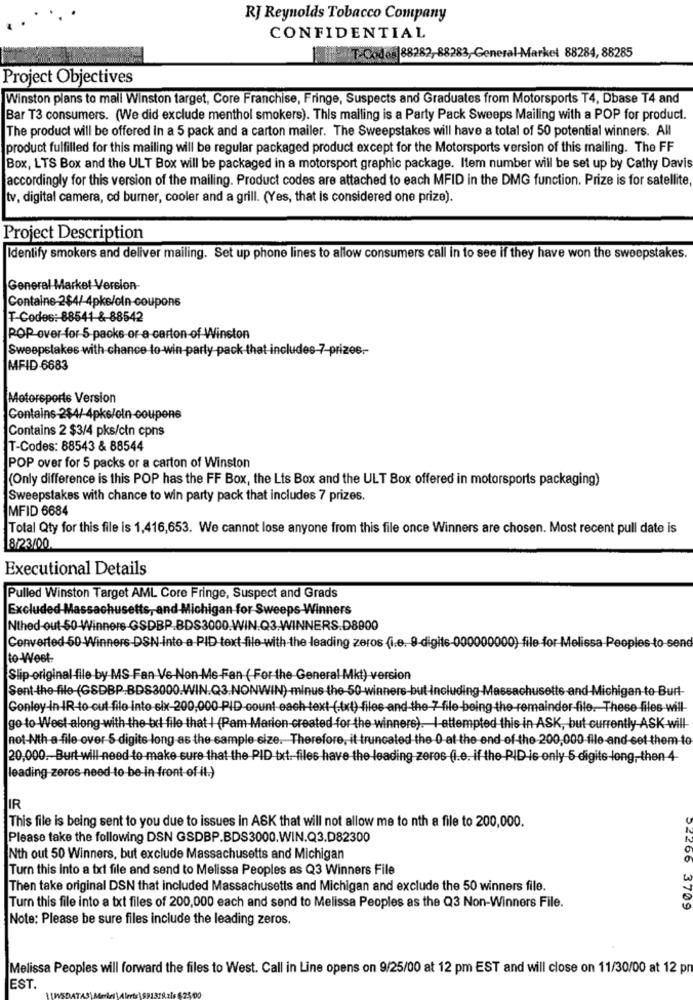
RJ Reynolds Tobacco Company
CONFIDENTIAL
i .T. Codes 88282, 88283, General-Market 88284, 88285
Project Objectives
Winston plans to mall Winston target, Core Franchise, Fringe, Suspects and Graduates from Motorsports T4, Dbase T4 and
Bar T3 consumers. (We did exclude menthol smokers). This malling is a Party Pack Sweeps Mailing with a POP for product.
The product will be offered In a 5 pack and a carton mailer. The Sweepstakes will have a total of 50 potential winners. All
product fulfilled for this mailing will be regular packaged product except for the Motorsports version of this mailing. The FF
Box, LTS Box and the ULT Box will be packaged in a motorsport graphic package. Item number will be set up by Cathy Davis
accordingly for this version of the mailing. Product codes are attached to each MFID in the DMG function. Prize is for satellite
tv, digital camera, cd burner, cooler and a grill. (Yes, that is considered one prize).
Project Description
Identify smokers and deliver mailing. Set up phone lines to allow consumers call in to see if they have won the sweepstakes.
General Market Version-
T-Codes :- 88541 &-88542
POP over for 5 packs or a carton-of Winston
Sweepstakes with chance to win-party pack that includes 7-prizes .-
MFID-6683
Motorsports Version
Contains 2$4/ 4pks/oln-coupons
Contains 2 $3/4 pks/ctn cpns
T-Codes: 88543 & 88544
POP over for 5 packs or a carton of Winston
(Only difference is this POP has the FF Box, the Lts Box and the ULT Box offered in motorsports packaging)
Sweepstakes with chance to win party pack that includes 7 prizes.
MFID 6684
Total Qty for this file is 1,416,653. We cannot lose anyone from this file once Winners are chosen. Most recent pull date is
8/23/00
Executional Details
Pulled Winston Target AML Core Fringe, Suspect and Grads
Excluded Massachusetts, and-Michigan for Sweeps Winners
Nthed-out-50 Winners-GSDBP.BDS3000.WIN.Q3.WINNERS.D8900
Converted 50 Winners-DSN-into a PID text-file with the leading zeros (i.e. 9-digits-
0) file for Melissa Peoples to sene
to-Weet
Slip-original file by MS Fan Ve-Non-Me -Fan (For the General Mkt) version
Sent-the-file-(GSDBP.BDS3000.WIN.Q3.NONWIN)-minus the-50 winners-but Including-Massachusetts and-Michigan-to-Burt-
Conley in-IR-to-out file into six-200,000-PID count each text-(.txt) files and the 7 file-being the remainder-file. These files will-
go to West along with the txt file that I (Pam Marion-created for the winners).I-attempted this in ASK, but currently ASK will
not-Nth-a-file over S-digits long as the sample size. Therefore, it truncated the 0 at the end of the 200,000 file -and-set them-to
20,000. Burt will need to make sure that the PID txt :- files have the leading zeros (i.e. if the PID is only 5 digits long, then 4-
leading zeros need to be-in front of it.)
IR
This file is being sent to you due to issues in ASK that will not allow me to nth a file to 200,000.
Please take the following DSN GSDBP.BDS3000.WIN.Q3.D82300
Nth out 50 Winners, but exclude Massachusetts and Michigan
Turn this into a txt file and send to Melissa Peoples as Q3 Winners File
Then take original DSN that included Massachusetts and Michigan and exclude the 50 winners file.
Turn this file into a txt files of 200,000 each and send to Melissa Peoples as the Q3 Non-Winners File.
54266 3709
Note: Please be sure files include the leading zeros.
Melissa Peoples will forward the files to West. Call in Line opens on 9/25/00 at 12 pm EST and will close on 11/30/00 at 12 pm
EST.